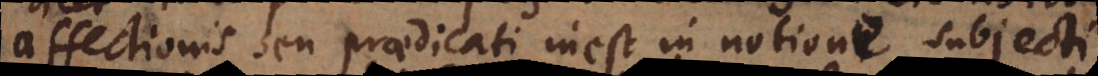
affectionis seu praedicati inest in notione subjecti.